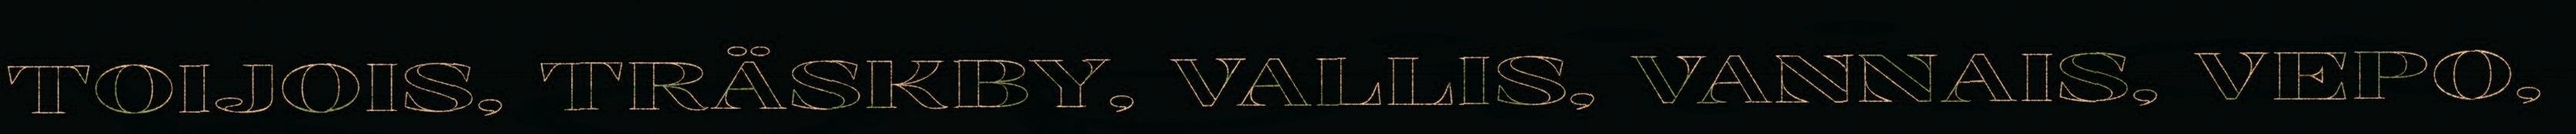
TOIJOIS, TRÄSKBY, VALLIS, VANNAIS, VEPO,